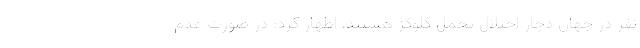
نفر در جهان دچار اختلال تحمل گلوکز هستند، اظهار کرد: در صورت عدم